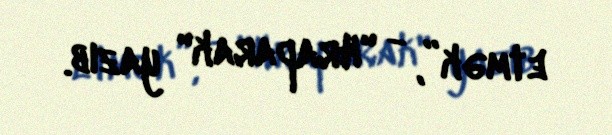
etmək”, - "Hraparak" yazıb.